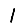
Digit: 1